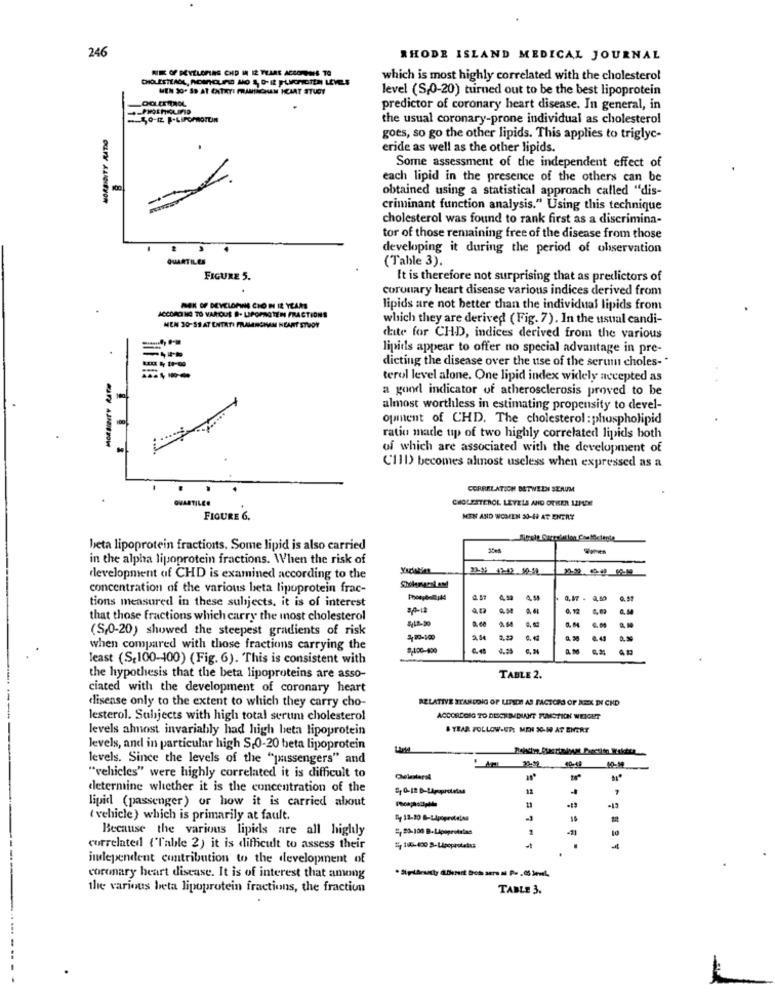
246
RHODE ISLAND MEDICAL JOURNAL
NE OF DEVELOPING CHD M IZ YEARS ACCORPRES TO
CHOLESTEALL, PORNCLIPS ANO S, DIE FLORISTEN LEVELS
which is most highly correlated with the cholesterol
MEN SO. S9 AT ENTRY! FRAMERCHAN HEMAT STUDY
level (S,0-20) turned out to be the best lipoprotein
predictor of coronary heart disease. In general, in
the usual coronary-prone individual as cholesterol
goes, so go the other lipids. This applies to triglyc-
eride as well as the other lipids.
Some assessment of the independent effect of
each lipid in the presence of the others can be
obtained using a statistical approach called "dis-
OKULFY ALIYOR
criminant function analysis." Using this technique
cholesterol was found to rank first as a discrimina-
tor of those remaining free of the disease from those
developing it during the period of observation
QUARTILES
(Table 3).
FIGURE 5.
It is therefore not surprising that as predictors of
coronary heart disease various indices derived from
MEK OF DEVELOPING CHO IN IZ YEARS
lipids are not better than the individual lipids from
ACCORDING TO VAROUE B- LIPOPROTEN FRACTIONS
which they are derived (Fig. 7). In the usual candi-
MEN 30-SS AT ENTRTI FRAMINGHAM HEART STUDY
date for CHD, indices derived from the various
lipids appear to offer no special advantage in pre-
dicting the disease over the use of the serum choles-"
terol level alone. One lipid index widely accepted as
a good indicator of atherosclerosis proved to be
almost worthless in estimating propensity to devel-
100
ofmment of CHD. The cholesterol : phospholipid
ratio made up of two highly correlated lipids both
of which are associated with the development of
(III) becomes almost useless when expressed as a
CORRELATION BETWEEN SERUM
QUARTILE!
CHOLESTEROL LEVELS AND OTHER 12PUDE
FIGURE 6.
MEN AND WOMEN 50-H AT ENTRY
beta lipoprotein fractions. Some lipid is also carried
35e6
in the alpha lipoprotein fractions. When the risk of
development of CHD is examined according to the
concentration of the various beta lipoprotein frac-
tions measured in these subjects, it is of interest
0.51
0. 54
that those fractions which carry the most cholesterol
(S,0-20) showed the steepest gradients of risk
2.29
1.41
when compared with those fractions carrying the
least (S,100-100) (Fig. 6). This is consistent with
the hypothesis that the beta lipoproteins are asso-
TABLE 2.
ciated with the development of coronary heart
RELATIVE STANDDIG OF LIFEDA AS FACTORS OF REK DI CKD
disease only to the extent to which they carry cho-
lesterol. Subjects with high total serum cholesterol
ACCORDOIG TD DECKEADUANIT FUNCTION WEIGHT
levels ahnost invariably had high beta lipoprotein
& YEAR FOLLOW-UP: MOI 30-W AT ENERY
levels, and in particular high S-0-20 beta lipoprotein
levels. Since the levels of the "passengers" and
40-48
"vehicles" were highly correlated it is difficult to
Cholesterol
determine whether it is the concentration of the
12
lipid (passenger) or how it is carried about
-13
( vehicle) which is primarily at fault.
Because the various lipids are all highly
5, 20-100 B-LApoprotales
10
correlated {"l'able 2) it is difficult to assess their
ti, 100-400 8-Lipoprotetika
independent contribution to the development of
coronary heart disease. It is of interest that among
the various beta lipoprotein fractions, the fraction
TABLE 3.
....
1